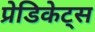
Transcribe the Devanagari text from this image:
प्रेडिकेट्स